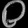
Digit: ၀